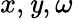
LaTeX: x,\mathit{y},\omega